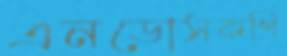
এনডোসকপি